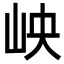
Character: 岟